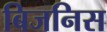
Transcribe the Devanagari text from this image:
बिजनिस